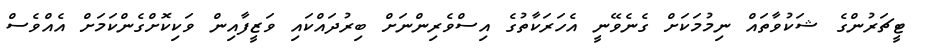
ޓީޗަރުންގެ ޝަކުވާތައް ނިމުމަކަށް ގެނެވޭނީ އެހަރަކާތުގެ އިސްވެރިންނަށް ބިރުދައްކައި ވަޒީފާއިން ވަކިކޮށްގެންކަމަށް އެއްވެސް